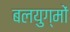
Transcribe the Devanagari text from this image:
बलयुग्मों